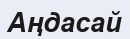
Аңдасай